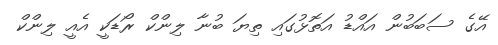
އޭގެ ސަބަބުން އައްޑު އަތޮޅުގައި ތިޔަ ބުނާ ލިންކް ރޯޑަކީ އެއީ ލިންކް